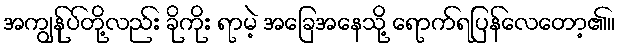
အကျွန်ုပ်တို့လည်း ခိုကိုး ရာမဲ့ အခြေအနေသို့ ရောက်ရပြန်လေတော့၏။